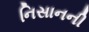
નિસાનની